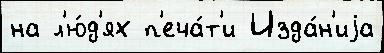
на л'ю́д'ях п'еча́т'и Изда́н'иjа